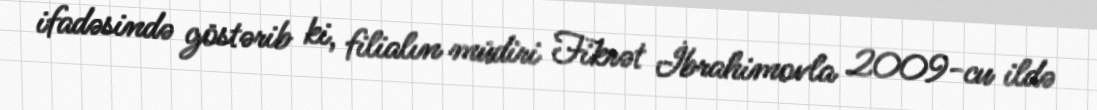
ifadəsində göstərib ki, filialın müdiri Fikrət İbrahimovla 2009-cu ildə